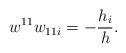
\begin{align*}w^{11}w_{11i}=-\frac{h_{i}}{h}.\end{align*}